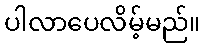
ပါလာပေလိမ့်မည်။